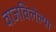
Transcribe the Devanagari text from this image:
वाजविलेल्या